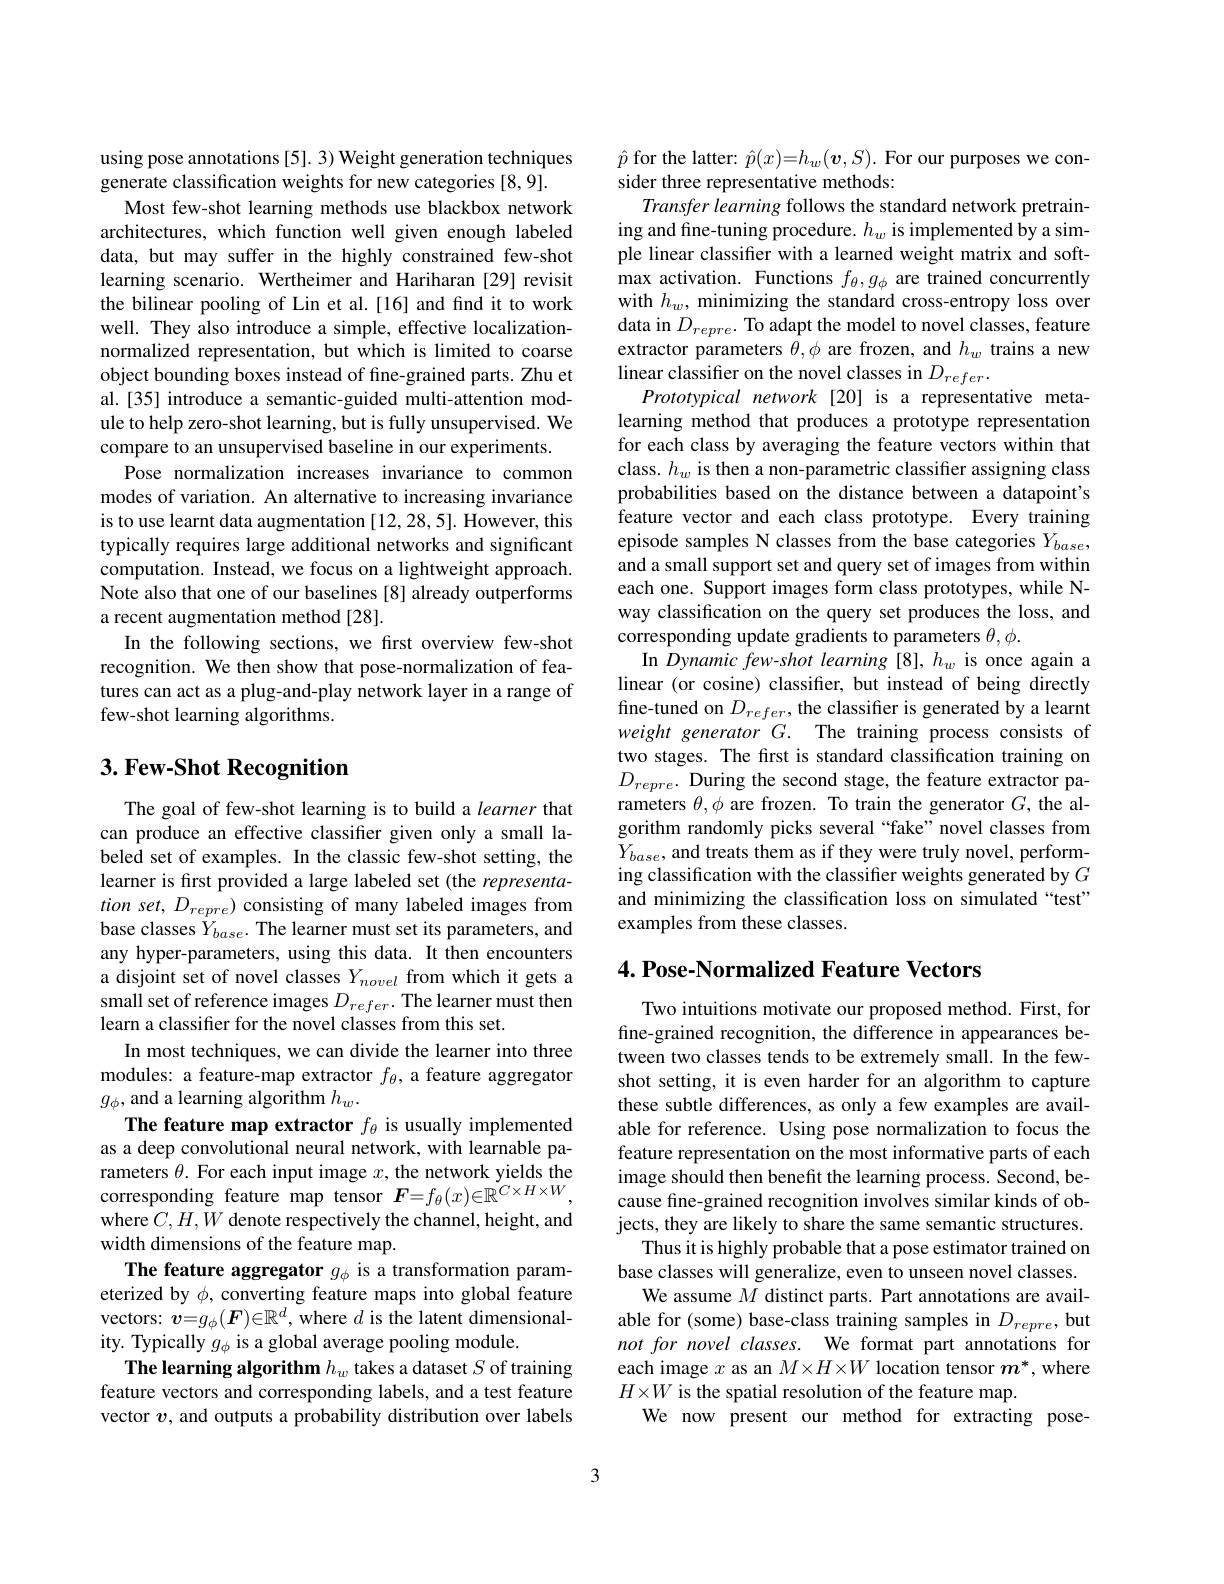
using pose annotations [5]. 3) Weight generation techniques
generate classification weights for new categories [8,9].
Most few-shot learning methods use blackbox network architectures, which function well given enough labeled data, but may suffer in the highly constrained few-shot learning scenario. Wertheimer and Hariharan [29] revisit the bilinear pooling of Lin et al.[16] and find it to work well. They also introduce a simple, effective localizationnormalized representation, but which is limited to coarse object bounding boxes instead of fine-grained parts. Zhu et al.[35] introduce a semantic-guided multi-attention module to help zero-shot learning, but is fully unsupervised. We compare to an unsupervised baseline in our experiments.
Pose normalization increases invariance to common modes of variation. An alternative to increasing invariance is to use learnt data augmentation [12, 28, 5]. However, this typically requires large additional networks and significant computation. Instead, we focus on a lightweight approach. Note also that one of our baselines [8] already outperforms a recent augmentation method [28].
In the following sections, we first overview few-shot recognition. We then show that pose-normalization of features can act as a plug-and-play network layer in a range of few-shot learning algorithms

## 3. Few-Shot Recognition

The goal of few-shot learning is to build a learner that can produce an effective classifer given only a small labeled set of examples. In the classic few-shot setting, the learner is first provided a large labeled set (the representa- $tionset,D_{repre})$ consisting of many labeled images from base classes $\dot{Y}_{base}.$ The learner must set its parameters, and any hyper-parameters, using this data. It then encounters a disjoint set of novel classes $Y_{novel}$ from which it gets a small set of reference images $D_{refer}.$ The learner must then learn a classifier for the novel classes from this set.
In most techniques, we can divide the learner into three modules: a feature-map extractor $f_\theta$, a feature aggregator $g_\phi$, and a learning algorithm $h_w.$
The feature map extractor $f_\theta$ is usually implemented as a deep convolutional neural network, with learnable parameters $\theta.$ For each input image $x$, the network yields the corresponding feature map tensor $F=f_\theta(x)\in\mathbb{R}^{C\times H\times W}$, where $C,H,W$ denote respectively the channel, height, and width dimensions of the feature map.
The feature aggregator $g_\phi$ is a transformation parameterized by $\phi$, converting feature maps into global feature vectors: $\boldsymbol{v}=g_\phi(\boldsymbol{F})\in\mathbb{R}^d$, where $d$ is the latent dimensionality. Typically $g_\phi$ is a global average pooling module.
The learning algorithm $h_w$ takes a dataset $S$ of training feature vectors and corresponding labels, and a test feature vector $v$, and outputs a probability distribution over labels

$\hat{p}$ for the latter: $\hat{p}(x)=h_w(\boldsymbol{v},S).$ For our purposes we con-
sider three representative methods:
Transfer learning follows the standard network pretraining and fine-tuning procedure. $h_w$ is implemented by a simple linear classifier with a learned weight matrix and softmax activation. Functions $f_\theta,g_\phi$ are trained concurrently with $h_w$, minimizing the standard cross-entropy loss over data in $D_{repre}.$ To adapt the model to novel classes, feature extractor parameters $\theta,\phi$ are frozen, and $h_w$ trains a new $\hat{\text{linear classifier on the novel classes in }D}_{refer}.$
Prototypical network[20] is a representative metalearning method that produces a prototype representation for each class by averaging the feature vectors within that class. $h_w$ is then a non-parametric classifier assigning class probabilities based on the distance between a datapoint's feature vector and each class prototype. Every training episode samples N classes from the base categories $Y_{base}$, and a small support set and query set of images from within each one. Support images form class prototypes, while Nway classification on the query set produces the loss, and corresponding update gradients to parameters $\theta,\phi.$
In Dynamic few-shot learning [8], h_w is once again a linear (or cosine) classifter, but instead of being directly fine-tuned on $D_refer$, the classifier is generated by a learnt weight generator G. The training process consists of two stages. The first is standard classification training on $D_{repre}.$ During the second stage, the feature extractor parameters $\theta,\phi$ are frozen. To train the generator $G$, the algorithm randomly picks several “fake”novel classes from $Y_{base}$,and treats them as if they were truly novel, perform- $Y_{base}$,and treats them as if they were truly novel, performing classification with the classifier weights generated by $G$ and minimizing the classification loss on simulated “test” examples from these classes.

## $4. \textbf{ Pose- Normalized Feature Vectors}$

Two intuitions motivate our proposed method. First, for fine-grained recognition, the difference in appearances between two classes tends to be extremely small. In the fewshot setting, it is even harder for an algorithm to capture these subtle differences, as only a few examples are available for reference. Using pose normalization to focus the feature representation on the most informative parts of each image should then benefit the learning process. Second, because fine-grained recognition involves similar kinds of objects, they are likely to share the same semantic structures.
Thus it is highly probable that a pose estimator trained on base classes will generalize, even to unseen novel classes.
We assume $M$ distinct parts. Part annotations are available for (some) base-class training samples in $D_{repre}$, but not for novel classes. We format part annotations for each image $x$ as an $M\times H\times W$ location tensor $m^*$,where $H\times W$ is the spatial resolution of the feature map.
We now present our method for extracting pose-

3